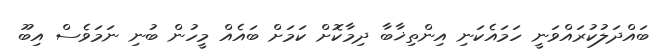
ބައްދަލުކުރައްވަނީ ހަމައެކަނި އިންތިޚާބާ ދިމާކޮށް ކަމަށް ބައެއް މީހުން ބުނި ނަމަވެސް އިބޫ